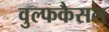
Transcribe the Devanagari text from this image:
वुल्फकैसल